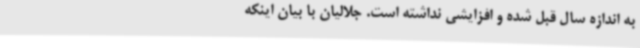
به اندازه سال قبل شده و افزایشی نداشته است. جلالیان با بیان اینکه